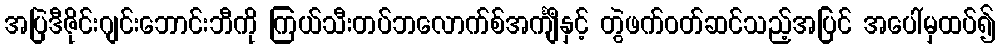
အပြဲဒီဇိုင်းဂျင်းဘောင်းဘီကို ကြယ်သီးတပ်ဘလောက်စ်အင်္ကျီနှင့် တွဲဖက်ဝတ်ဆင်သည့်အပြင် အပေါ်မှထပ်၍